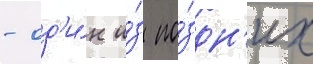
- од'и́н и́з по́здн'их